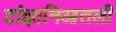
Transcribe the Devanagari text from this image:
टांझानिआतली